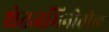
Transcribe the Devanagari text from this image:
शेतजमिनीतील